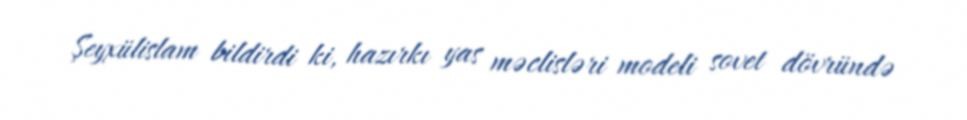
Şeyxülislam bildirdi ki, hazırkı yas məclisləri modeli sovet dövründə